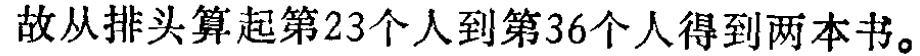
故从排头算起第23个人到第36个人得到两本书。